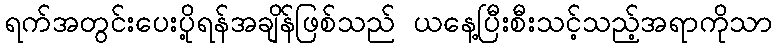
ရက်အတွင်းပေးပို့ရန်အချိန်ဖြစ်သည် ယနေ့ပြီးစီးသင့်သည့်အရာကိုသာ